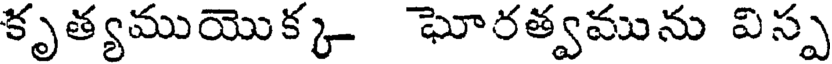
కృత్యముయొక్క ఘోరత్వమును విస్ప